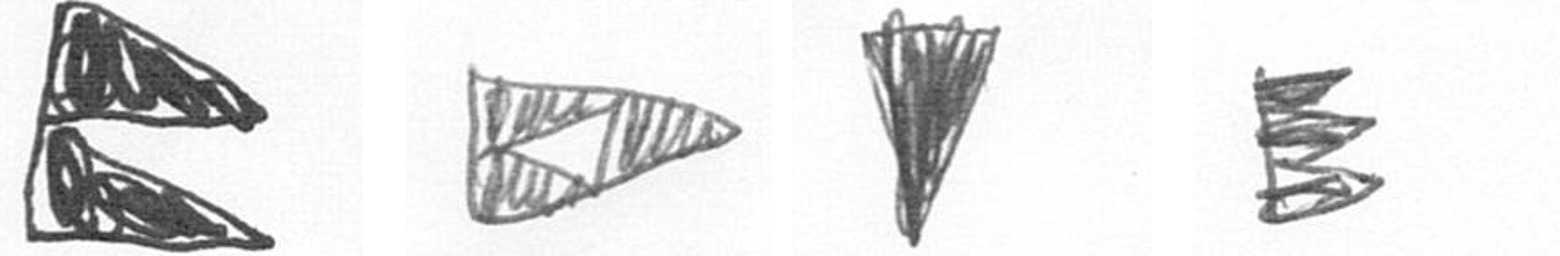
P K J H